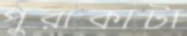
পুরাকাটা